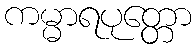
ကမ္မာရပုတ္တော